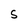
Character: S